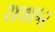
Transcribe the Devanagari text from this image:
२४७४५२